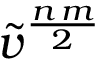
\tilde { v } ^ { \frac { n \, m } { 2 } }